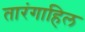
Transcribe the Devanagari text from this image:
तारंगाहिल